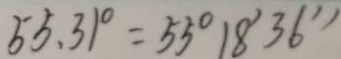
5 5 . 3 1 ^ { \circ } = 5 5 ^ { \circ } 1 8 ^ { \prime } 3 6 ^ { \prime \prime }